Lunatic asylums Burma 1907-21 - 1907-1921
Year: 1907
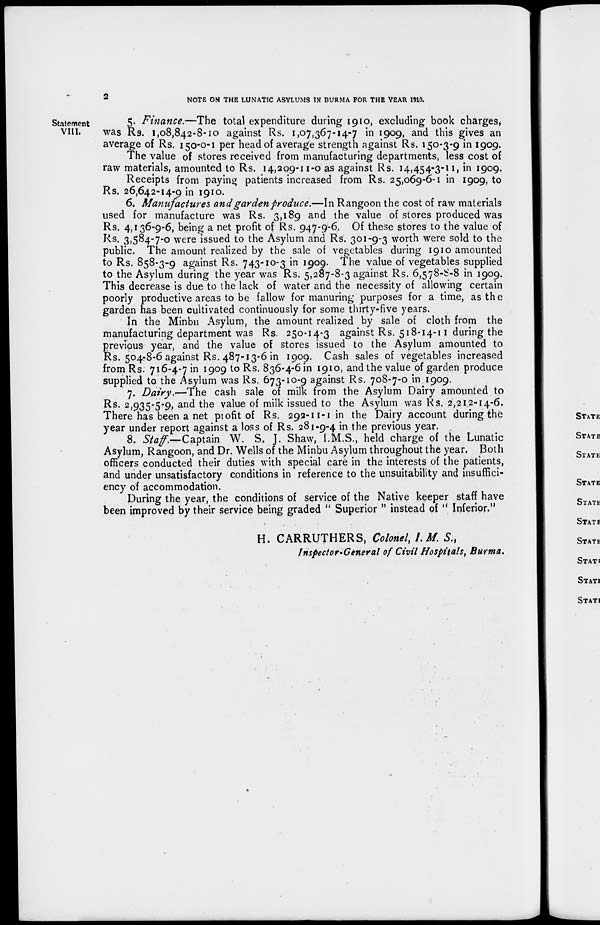
2
NOTE ON THE LUNATIC ASYLUMS IN BURMA FOR THE YEAR 1910.
Statement
VIII.
5. Finance.—The total expenditure during 1910, excluding book charges,
was Rs. 1,08,842-8-10 against Rs. 1,07,367-14-7 in 1909, and this gives an
average of Rs. 150-0-1 per head of average strength against Rs. 150-3-9 in 1909.
The value of stores received from manufacturing departments, less cost of
raw materials, amounted to Rs. 14,209-11-0 as against Rs. 14,454-3-11, in 1909.
Receipts from paying patients increased from Rs. 25,069-6-1 in 1909, to
Rs. 26,642-14-9 in 1910.
6. Manufactures and garden produce.—In Rangoon the cost of raw materials
used for manufacture was Rs. 3,189 and the value of stores produced was
Rs. 4,136-9-6, being a net profit of Rs. 947-9-6. Of these stores to the value of
Rs. 3,584-7-0 were issued to the Asylum and Rs. 301-9-3 worth were sold to the
public. The amount realized by the sale of vegetables during 1910 amounted
to Rs. 858-3-9 against Rs. 743-10-3 in 1909. The value of vegetables supplied
to the Asylum during the year was Rs. 5,287-8-3 against Rs. 6,578-8-8 in 1909.
This decrease is due to the lack of water and the necessity of allowing certain
poorly productive areas to be fallow for manuring purposes for a time, as the
garden has been cultivated continuously for some thirty-five years.
In the Minbu Asylum, the amount realized by sale of cloth from the
manufacturing department was Rs. 250-14-3 against Rs. 518-14-11 during the
previous year, and the value of stores issued to the Asylum amounted to
Rs. 504-8-6 against Rs. 487-13-6 in 1909. Cash sales of vegetables increased
from Rs. 716-4-7 in 1909 to Rs. 836-4-6 in 1910, and the value of garden produce
supplied to the Asylum was Rs. 673-10-9 against Rs. 708-7-0 in 1909.
7. Dairy.—The cash sale of milk from the Asylum Dairy amounted to
Rs. 2,935-5-9, and the value of milk issued to the Asylum was Rs. 2,212-14-6.
There has been a net profi of Rs. 292-11-1 in the Dairy account during the
year under report against a loss of Rs. 281-9-4 in the previous year.
8. Staff.—Captain W. S. J. Shaw, I.M.S., held charge of the Lunatic
Asylum, Rangoon, and Dr. Wells of the Minbu Asylum throughout the year. Both
officers conducted their duties with special care in the interests of the patients,
and under unsatisfactory conditions in reference to the unsuitability and insuffici-
ency of accommodation.
During the year, the conditions of service of the Native keeper staff have
been improved by their service being graded " Superior " instead of " Inferior."
H. CARRUTHERS, Colonel, I.M. S.,
Inspector-General of Civil Hospitals, Burma.